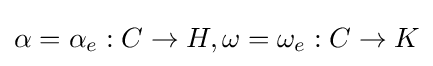
\alpha =\alpha _{e}:C\to H,\omega =\omega _{e}:C\to K